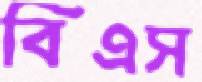
বিএস